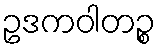
ဥဒကဝါတဉ္စ